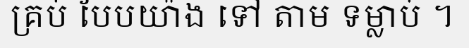
គ្រប់ បែបយ៉ាង ទៅ តាម ទម្លាប់ ។